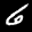
Label: 6